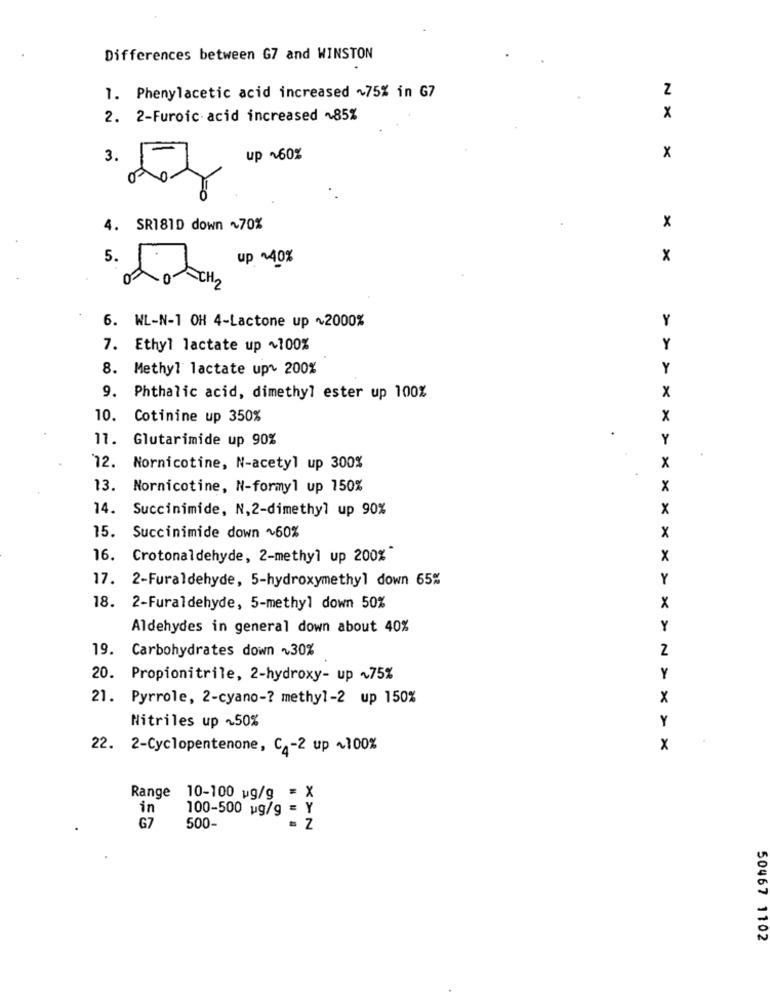
Differences between G7 and WINSTON
1. Phenylacetic acid increased ~75% in G7
Z
2. 2-Furoic acid increased ~85%
x
3.
up ~60%
X
=0
4. SR181D down ~70%
x
5.
up ~40%
x
Y
6. WL-N-1 OH 4-Lactone up ~2000%
7. Ethyl lactate up +100%
Y
8. Methyl lactate up~ 200%
Y
x
9. Phthalic acid, dimethyl ester up 100%
10. Cotinine up 350%
x
11.
Glutarimide up 90%
Y
12.
Nornicotine, N-acetyl up 300%
x
13.
Nornicotine, N-formyl up 150%
x
14.
Succinimide, N,2-dimethyl up 90%
X
Succinimide down ~60%
x
15.
16. Crotonaldehyde, 2-methyl up 200%"
X
17. 2-Furaldehyde, 5-hydroxymethyl down 65%
Y
18. 2-Furaldehyde, 5-methyl down 50%
X
Aldehydes in general down about 40%
Y
19.
Carbohydrates down ~30%
Z
20.
Propionitrile, 2-hydroxy- up ~75%
Y
21. Pyrrole, 2-cyano -? methyl-2 up 150%
x
Nitriles up ~50%
Y
22. 2-Cyclopentenone, C1-2 up +100%
x
Range 10-100 wg/g = X
in
100-500 ug/g = Y
G7
500
. Z
50467 1102